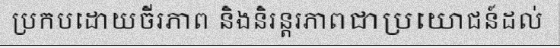
ប្រកបដោយចីរភាព និងនិរន្តរភាពជាប្រយោជន៍ដល់